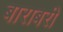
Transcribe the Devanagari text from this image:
बाराबरी